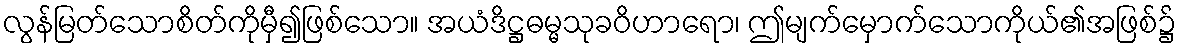
လွန်မြတ်သောစိတ်ကိုမှီ၍ဖြစ်သော။ အယံဒိဋ္ဌဓမ္မသုခဝိဟာရော၊ ဤမျက်မှောက်သောကိုယ်၏အဖြစ်၌